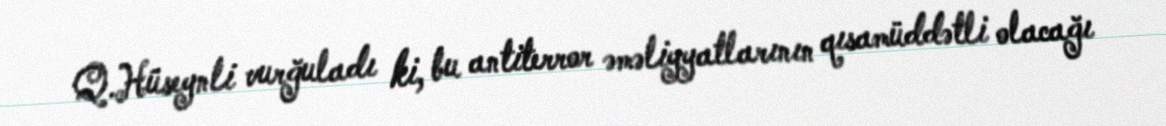
Q.Hüseynli vurğuladı ki, bu antiterror əməliyyatlarının qısamüddətli olacağı